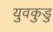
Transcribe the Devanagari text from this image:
युवकुडु